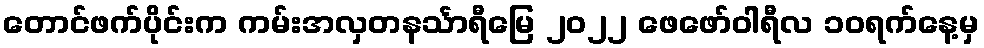
တောင်ဖက်ပိုင်းက ကမ်းအလှတနင်္သာရီမြေ ၂၀၂၂ ဖေဖော်ဝါရီလ ၁ဝရက်နေ့မှ